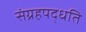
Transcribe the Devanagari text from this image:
संग्रहपद्धति